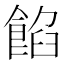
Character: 餡